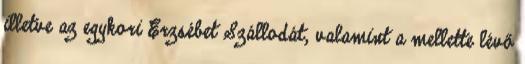
illetve az egykori Erzsébet Szállodát, valamint a mellette lévő